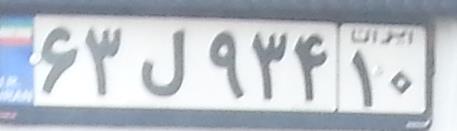
۶۳ل۹۳۴۱۰